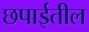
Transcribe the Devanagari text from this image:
छपाईतील